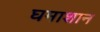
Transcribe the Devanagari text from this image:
घमाशान